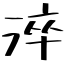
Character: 淬